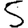
Digit: 5